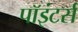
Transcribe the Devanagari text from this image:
पॉइंटर्स